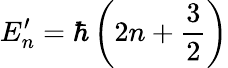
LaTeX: E_{n}^{\prime}=\hbar\left(2n+\frac{3}{2}\right)